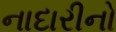
નાદારીનો